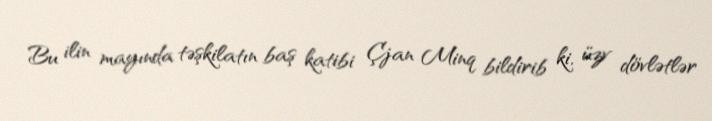
Bu ilin mayında təşkilatın baş katibi Çjan Minq bildirib ki, üzv dövlətlər